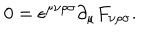
LaTeX: 0 = \epsilon ^ { \mu \nu \rho \sigma } \partial _ { \mu } F _ { \nu \rho \sigma } .